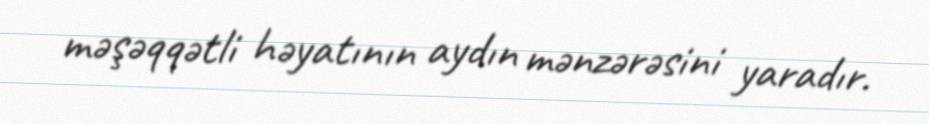
məşəqqətli həyatının aydın mənzərəsini yaradır.